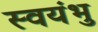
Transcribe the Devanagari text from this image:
स्‍वयंभु